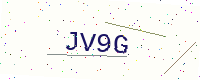
Text: JV9G